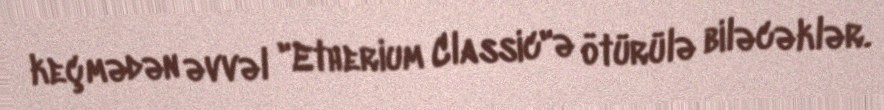
keçmədən əvvəl "Etherium Classic"ə ötürülə biləcəklər.